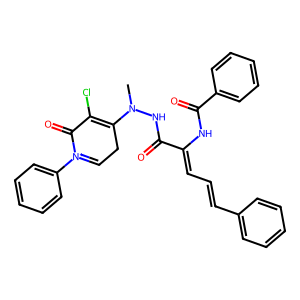
SMILES: CN(NC(=O)C(=CC=Cc1ccccc1)NC(=O)c1ccccc1)C1=C(Cl)C(=O)[N+](c2ccccc2)=CC1
Inhibits HIV replication: No